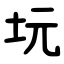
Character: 坃